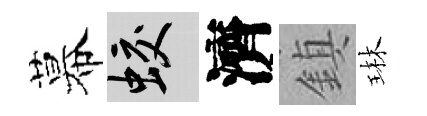
幕蛟濟鎮琳